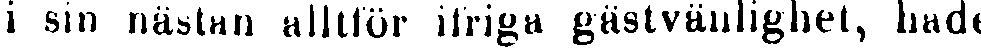
i sin nästan alltför ifriga gästvänlighet, hade